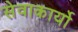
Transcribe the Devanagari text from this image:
सेवाकार्यो